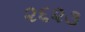
૨૬૨૩